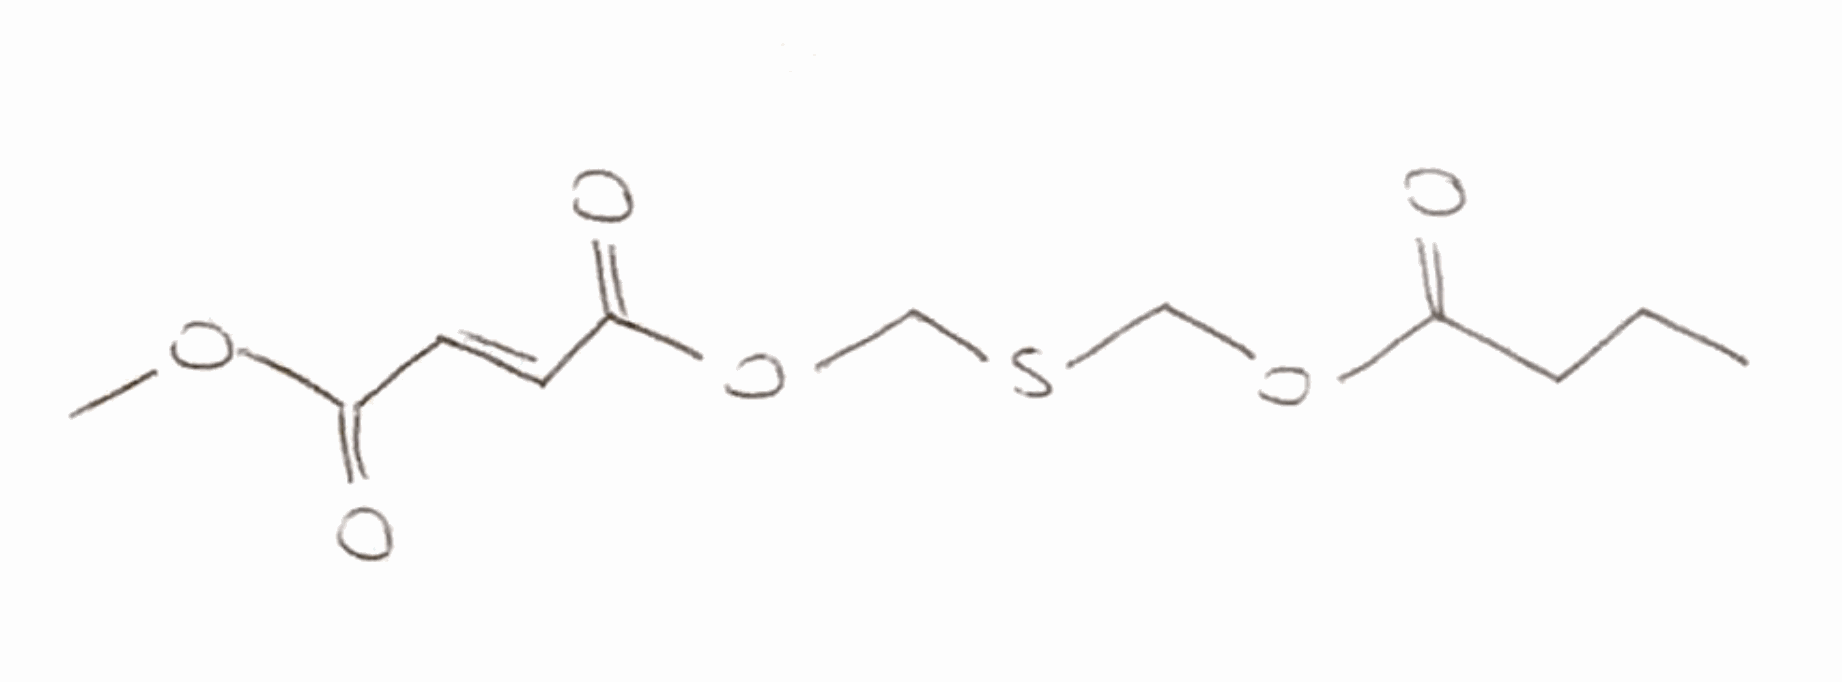
Simplified molecular-input line-entry system (SMILES) notation of the given molecule:
CCCC(=O)OCSCOC(=O)/C=C/C(=O)OC